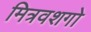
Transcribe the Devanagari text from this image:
मित्रवशगो